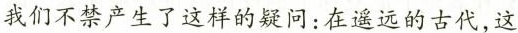
我们不禁产生了这样的疑问：在遥远的古代，这